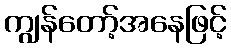
ကျွန်တော့်အနေဖြင့်